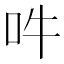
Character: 吽